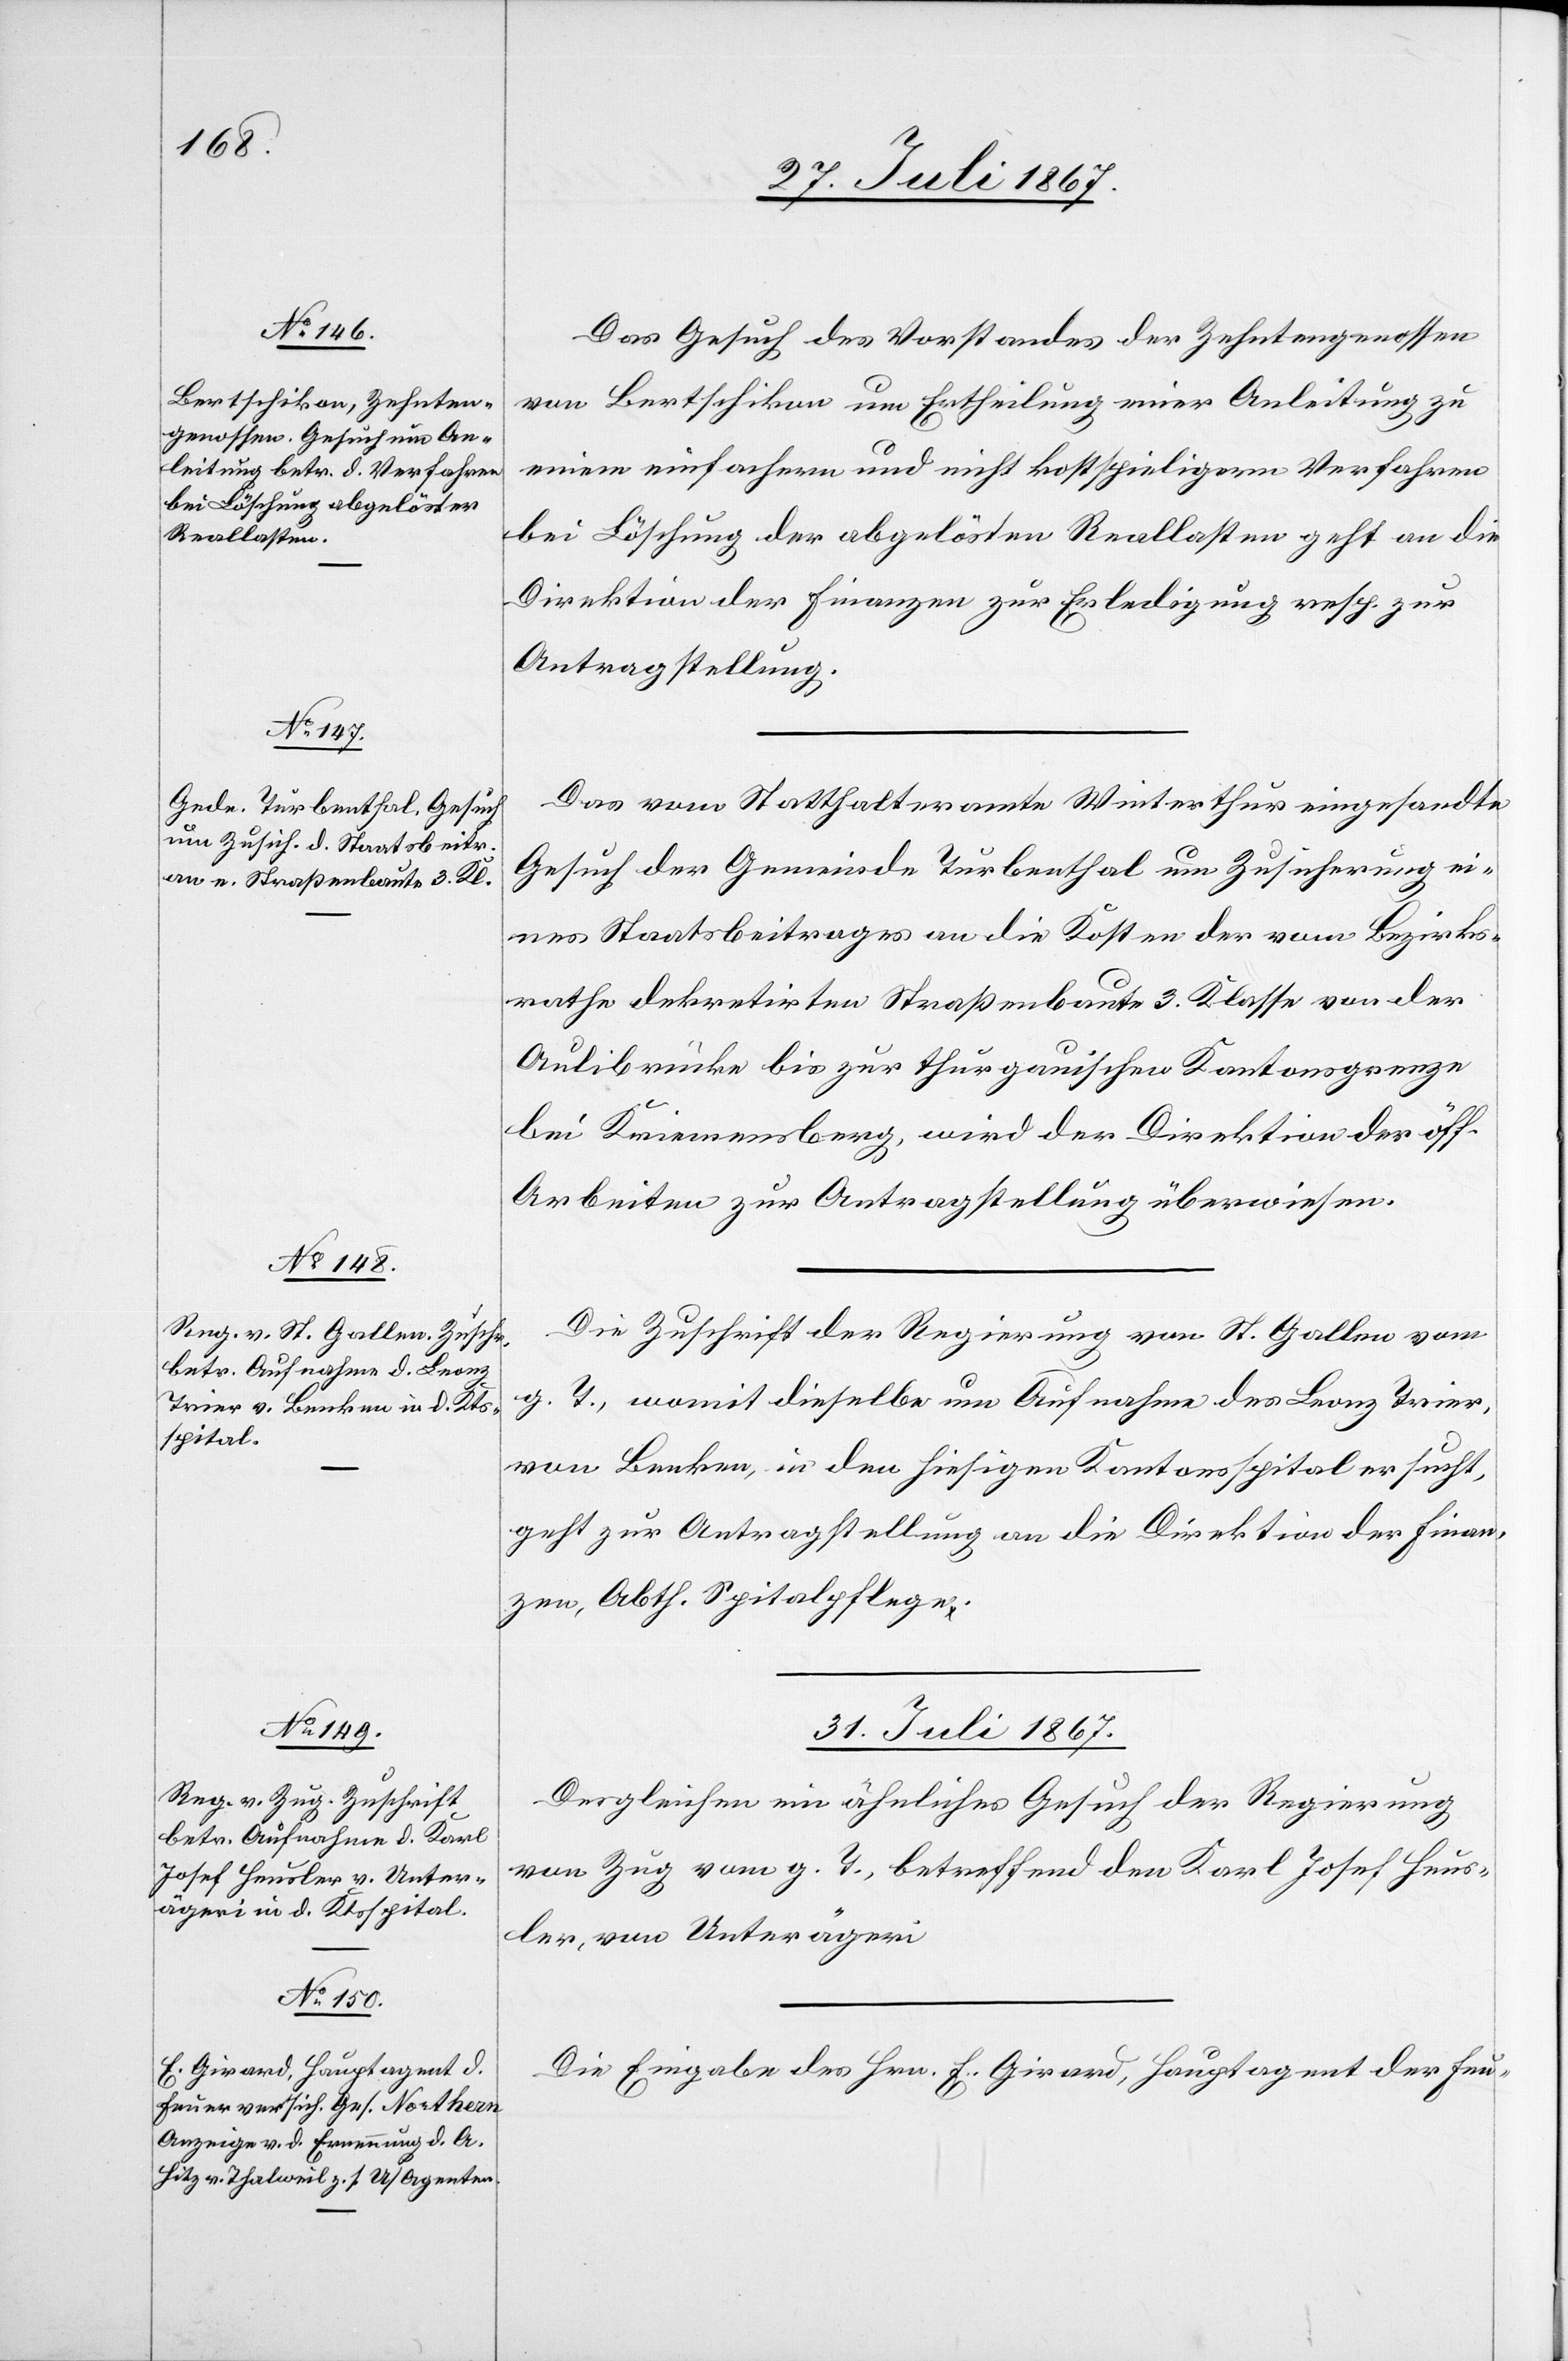
Das Gesuch des Vorstandes der Zehntengenossen
von Bertschikon um Ertheilung einer Anleitung zu
einem einfachern und nicht kostspieligen Verfahren
bei Löschung der abgelösten Reallasten geht an die
Direktion der Finanzen zur Erledigung resp. zur
Antragstellung.
Das vom Statthalteramte Winterthur eingesandte
Gesuch der Gemeinde Turbenthal um Zusicherung ei¬
nes Staatsbeitrages an die Kosten der vom Bezirks¬
rathe dekretirten Straßenbaute 3. Klasse von der
Aulibrücke bis zur thurgauischen Kantonsgrenze
bei Kriemensberg, wird der Direktion der öff.
Arbeiten zur Antragstellung überwiesen.
Die Zuschrift der Regierung von St. Gallen vom
g. T., womit dieselbe um Aufnahme des Leanz Trier,
von Benken, in den hiesigen Kantonsspital ersucht,
geht zur Antragstellung an die Direktion der Finan¬
zen, Abth. Spitalpflege.
31. Juli 1867.]
Desgleichen ein ähnliches Gesuch der Regierung
von Zug vom g. T., betreffend den Karl Josef Heus¬
ler, von Unterägeri.
Die Eingabe des Hrn. E. Giraud, Hauptagent der Feu-